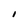
Character: I